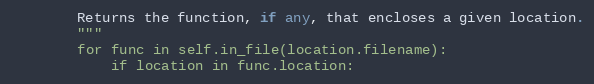
Language: Python
        Returns the function, if any, that encloses a given location.
        """
        for func in self.in_file(location.filename):
            if location in func.location: